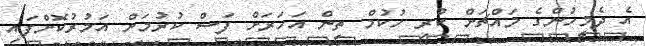
އެ ދެމީހުންގެ މައްޗަށް ކުރި ހުކުމް ތިން އަހަރަށް ފަސް ކުރުމަށް އަމުރުކޮށްފައި